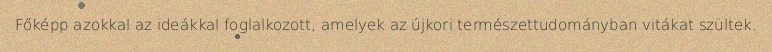
Főképp azokkal az ideákkal foglalkozott, amelyek az újkori természettudományban vitákat szültek.